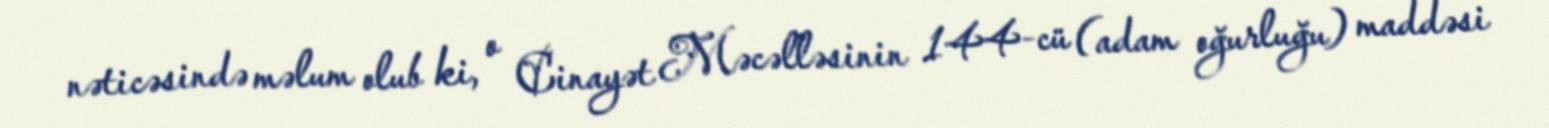
nəticəsində məlum olub ki, o Cinayət Məcəlləsinin 144-cü (adam oğurluğu) maddəsi